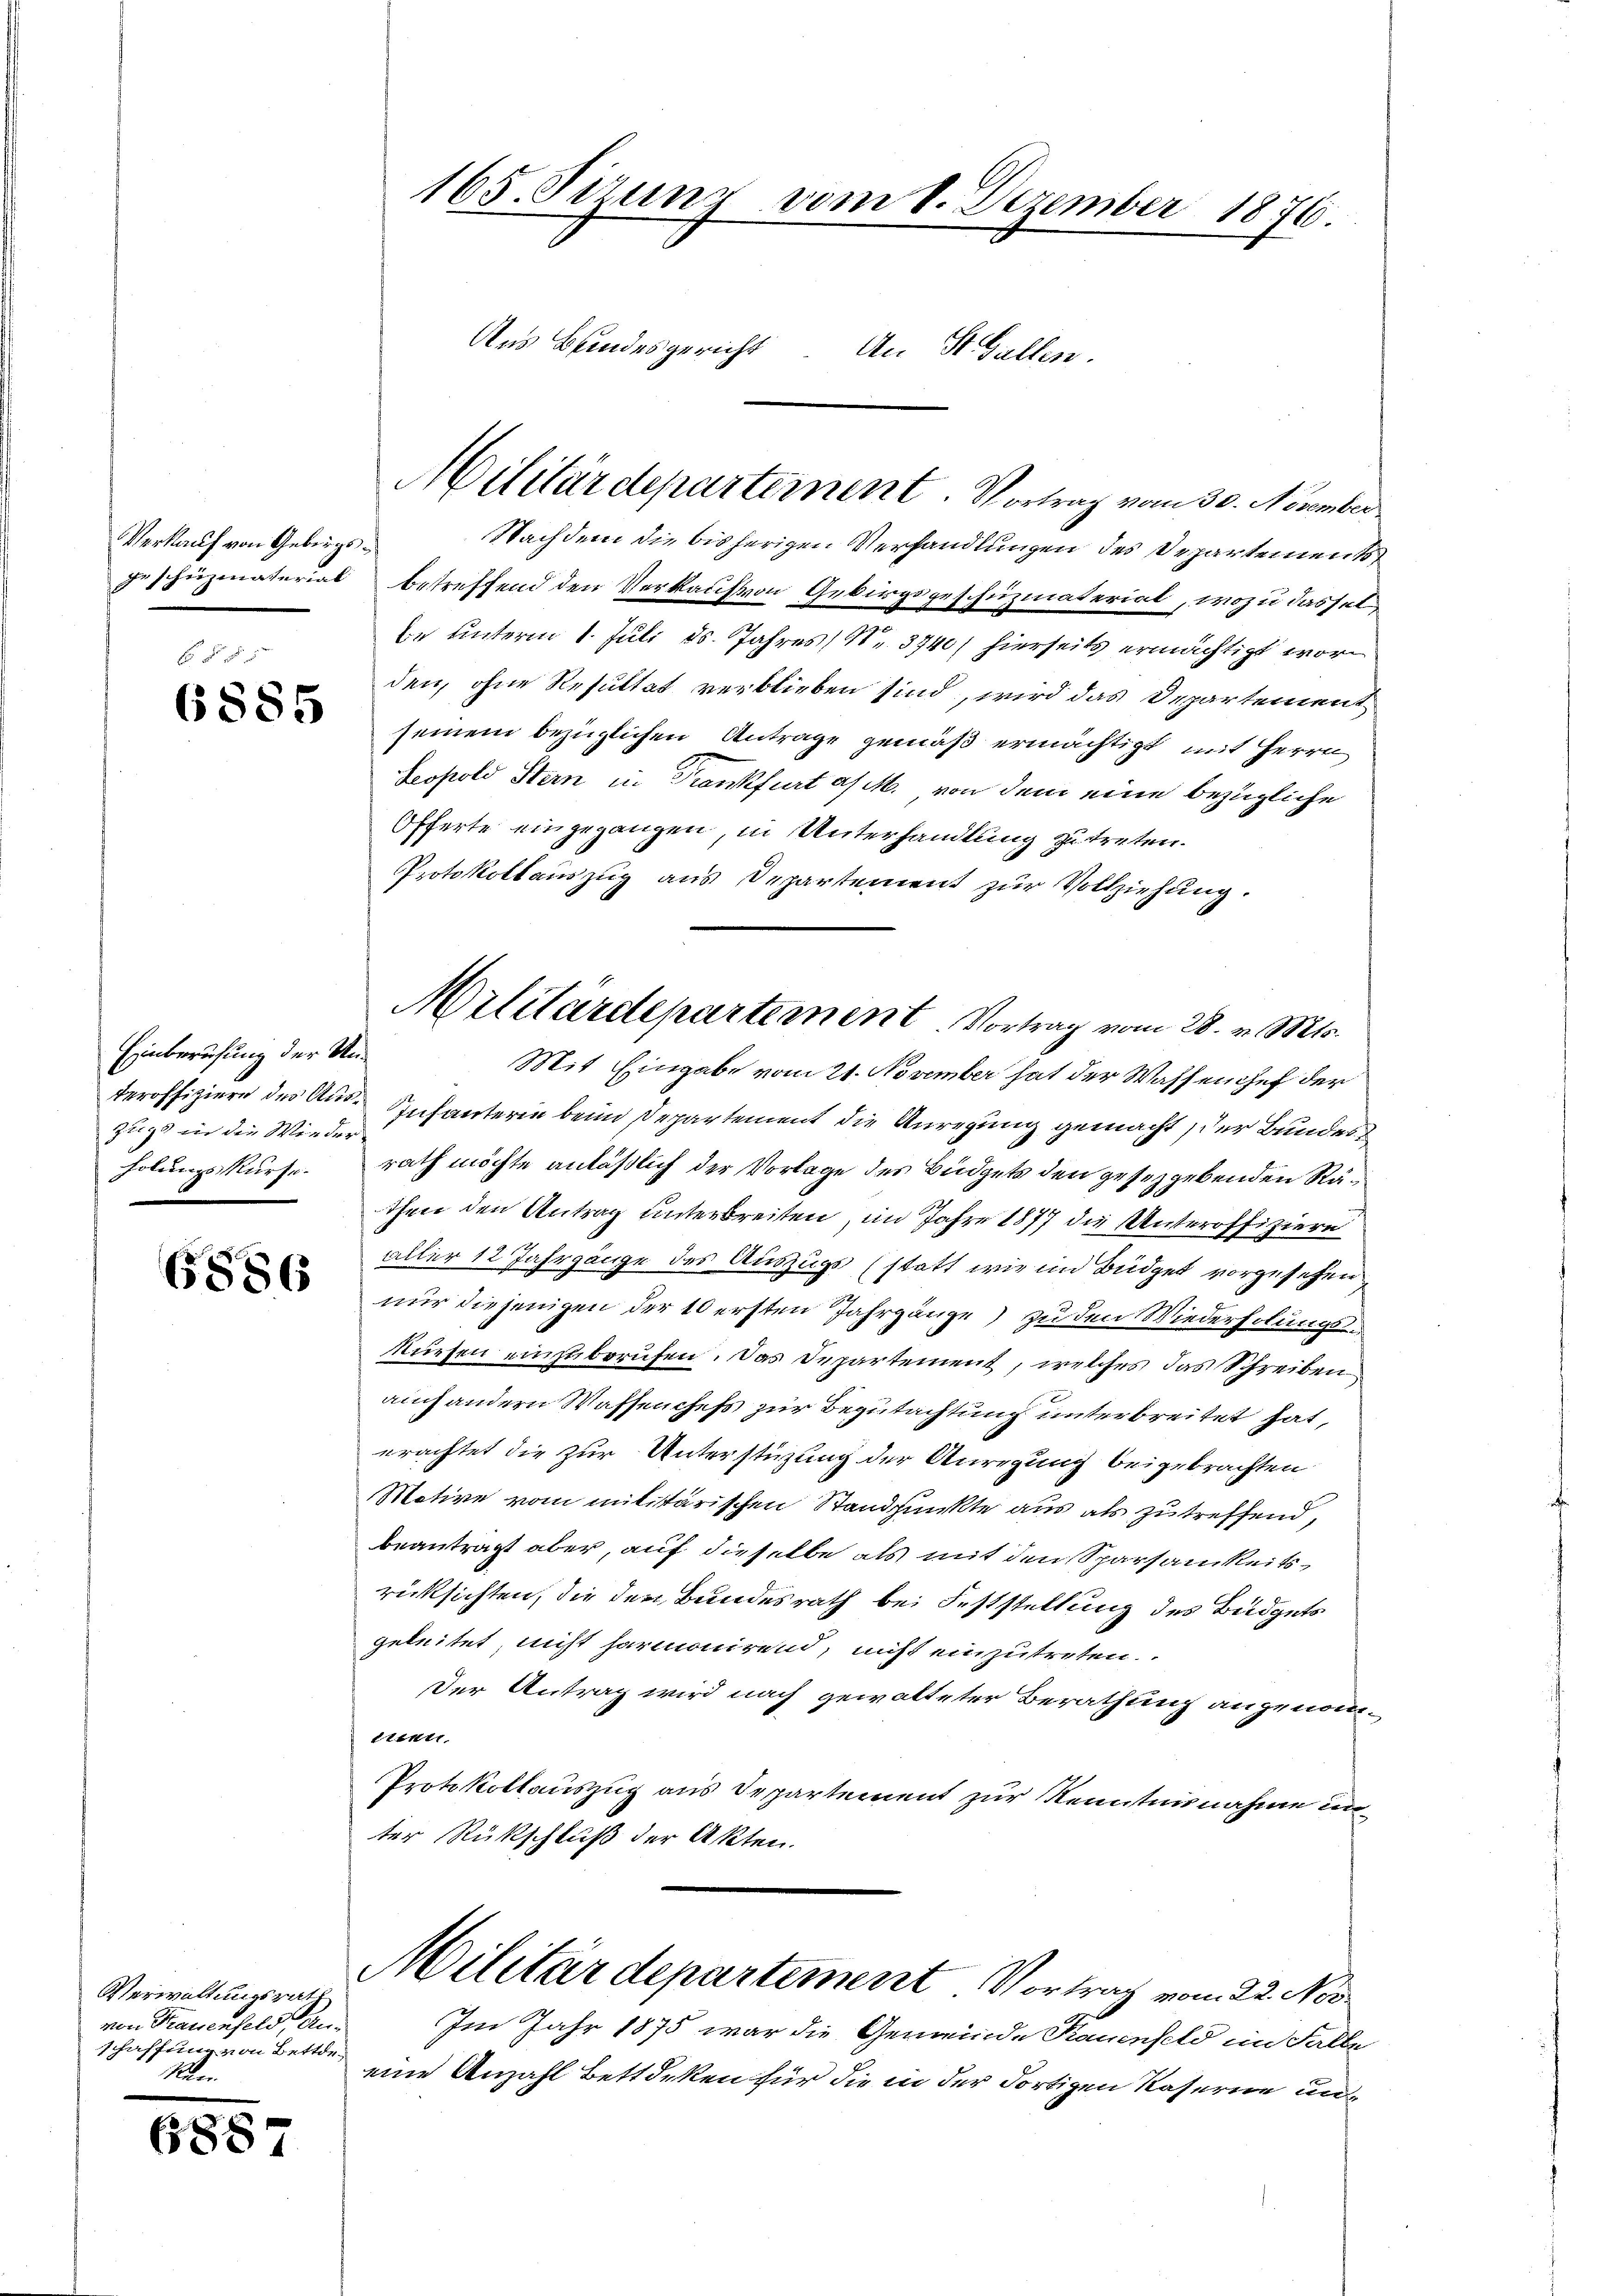
Verkauf von Gebirgs¬

6 § 55
6855

Einberufung der Un¬
Zug in die Wieder
holungs-Kurse.
J

6586

Verwaltungsrath
von Trauenfeld, Anschaffung von Bettde-
Ran

6887

165. Sizung vom 8. Dezember 1876.
Aus Bundesgericht. An St. Gallen.

Nachdem die bisherigen Verhandlungen des Departement,
geschüzmaterial betreffend den Verkauf von Gebirgsgeschüzmaterial, wozu dassel
be unterm 1. Juli d. Jahres (Nr. 3740/ hierseits ermächtigt worden, ohne Resultat verblieben sind, wird das Departement
seinem bezüglichen Antrage gemäß ermächtigt mit Herrn
Seopold Stern in Krankfurt a/M. von dem eine bezügliche
Offerte eingegangen, in Unterhandlung zu treten.
Protokollauszug aus Departement zur Vollziehung.
Mit Eingabe vom 21. November hat der Waffenhef der
teroffiziere des Aus Infanterin beim Departement die Anregung gemacht, der Bundes
rath möchte anläßlich der Vorlage des Büdgets den gesetzgebenden Räthen den Antrag unterbreiten, im Jahre 1877 die Unteroffiziere
aller 12 Jahrgänge des Auszugs (statt wie im Büdget vorgesehen,
nur diejenigen der 10 ersten Jahrgänge zu den Wiederholungs-
Nürsen einzuberufen. Das Departement, welches das Schreiben
auch andern Wassenchefs zur Begutachtung unterbreitet hat,
erachtet die zur Unterstüzung der Anregung beigebrachten
Motive vom militärischen Standpunkte aus als zu treffend,
beantragt aber, auf dieselbe als mit den Sparsamkeitsrücksichten, die der Bundesrath bei Feststellung des Büdgets
geleitet, nicht harmonirend, nicht einzutreten.
Der Antrag wird nach gewalteter Berathung angenometten
Protokollauszug aus Departement zur Kenntnisnahme unter Rückschluß der Akten.
Militärdepartement Vortrag vom 22. Nov
Im Jahr 1875 war die Gemeinde Kauenfeld im Falle
eine Anzahl Bettdeken für die in der dortigen Kaserne un¬

Militärdepartement. Vortrag vom 30. November

Militärdepartement. Vortrag vom 28. v. Mts.